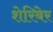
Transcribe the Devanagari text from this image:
शेरिबेर